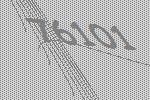
76101